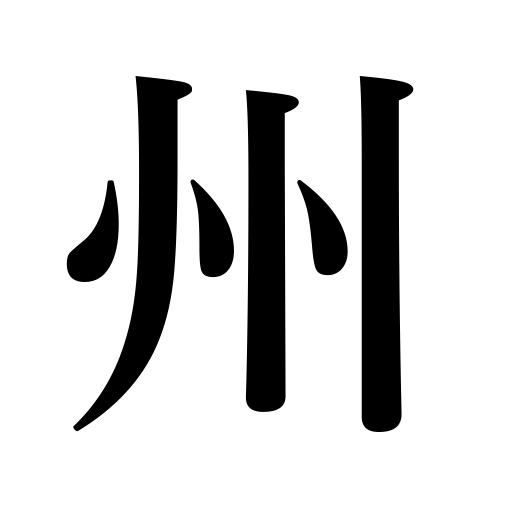
Meanings: shallows,state,sandbar,province,continent